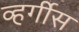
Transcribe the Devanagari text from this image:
व्हर्गीस